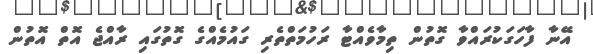
އޭނާ ފާހަގަކުރައްވާ ގޮތުން ތިމާވެއްޓާ ރަހުމަތްތެރި ގައުމެއްގެ ގޮތުގައި ރާއްޖެ އޮތް އޮތުން